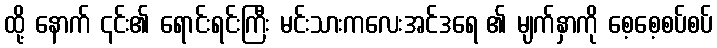
ထို့ နောက် ၎င်း၏ ရောင်းရင်းကြီး မင်းသားကလေးအင်ဒရေ ၏ မျက်နှာကို စေ့စေ့စပ်စပ်